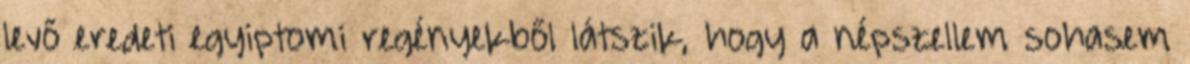
levő eredeti egyiptomi regényekből látszik, hogy a népszellem sohasem